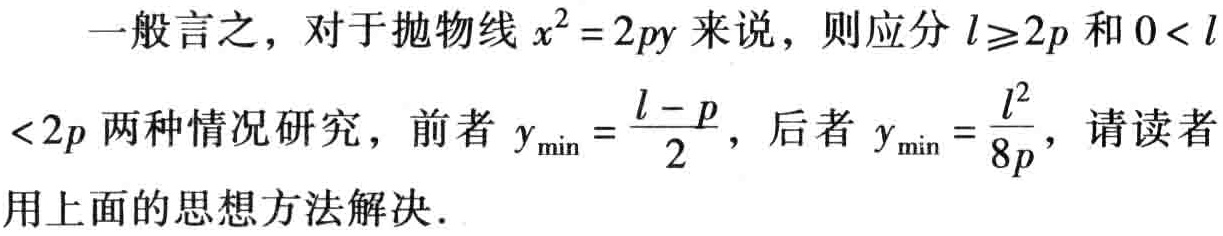
一般言之，对于抛物线\(x^{2}=2py\)来说，则应分\(l\geqslant2p\)和\(0< l< 2p\)两种情况研究，前者\(y_{\min}=\frac{l - p}{2}\)，后者\(y_{\min}=\frac{l^{2}}{8p}\)，请读者用上面的思想方法解决．